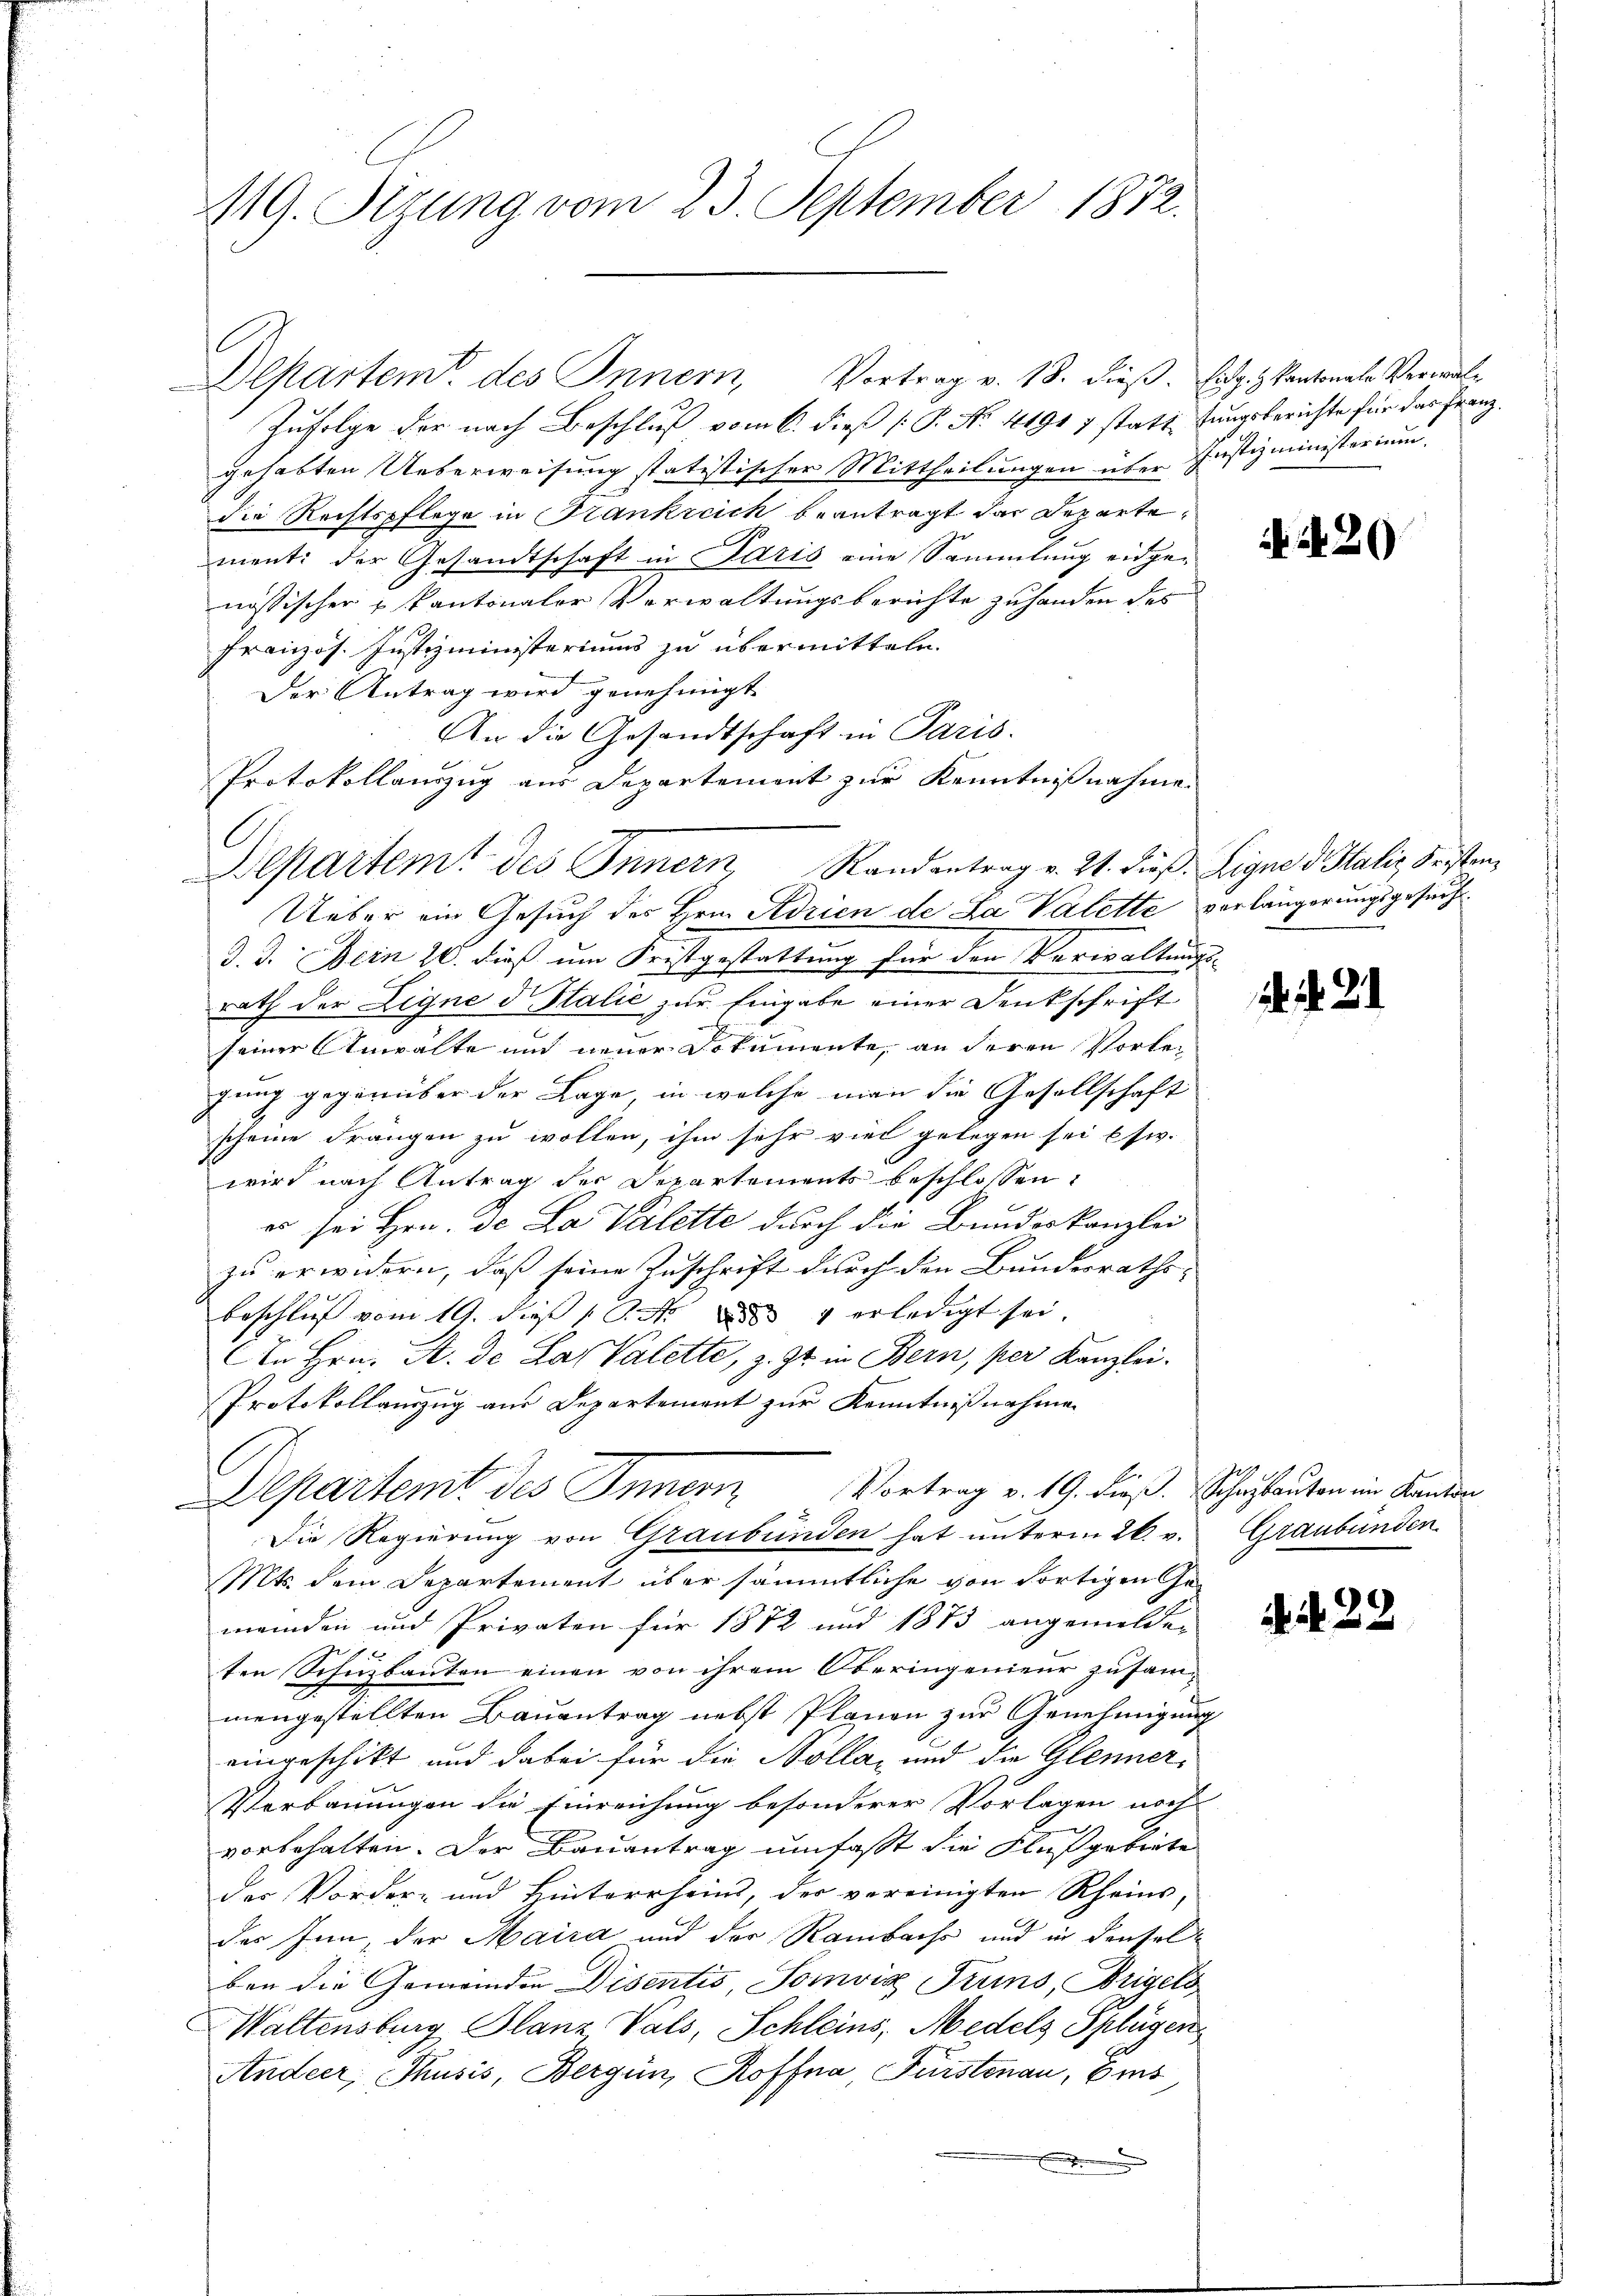
119. Sitzung vom 23. September 1872.

Departem des Innern, Vortrag v. 18. dieß. Eidg. Kantonale Verwal¬
Zufolge der nach Beschluß vom 6. dieß P. No. 41917 statt fungsberichte für das Franz.
gehabten Ueberweisung statistischer Mittheilungen über Justizministerium.
die Rechtspflege in Frankreich beantragt das Departement: der Gesandtschaft in Paris eine Sammlung eidgenössischer u Kantonaler Verwaltungsberichte zu handen des
Französ. Justizministeriums zu übermitteln.
Der Antrag wird genehmigt
An die Gesandtschaft in Paris.
Protokollauszug aus Departement zur Kenntnißnahme.
l
Departemt des Innern, Randantrag v. 21. dieβ, Eigne d. Salis Fristen,
Ueber ein Gesuch des Hrn. Adrien de La Valette verlängerungsgesuch
d. d. Bein 20. dieß um Fristgestattung für den Verwaltungs-
rath der Eigne d Italie zur Eingabe einer Denkschrift
seiner Anwalte und neuer Dokumente, an deren Vorlegung gegenüber der Lage, in welche man die Gesellschaft
scheine Frangen zu wollen, ihm sehr viel gelegen sei usw.
wird nach Antrag der Departements beschlossen:
es sei Hrn. De La Valette durch die Bundeskanzlei
zu erwidern, daß seine Zuschrift durch den Bundesraths-
beschluß vom 19. dieß P. Nr. 4 erledigt sei
AAn Hrn. A. de Lai Valette, z. Zt. in Bern, per Kanzlei.
Protokollanzug aus Departement zur Kenntnißnahmen
Departemt des Innern Vortrag v. 19. dieß. Schulauten im Kanton
Die Regierung von Graubünden hat unterm 26. v. Graubünden
Mts. dem Departement über sämmtliche von dortigen Ge-
meinden und Privaten für 1872 und 1873 angemelden
c
ten Schuzbauten einen von ihrem Oberingenieur zusam-
mengestellten Bauantrag nebst Plänen zur Genehmigung
eingeschikt und dabei für die Bolla, und die Glenner¬
Verbauungen die Einreichung besonderer Vorlagen noch
vorbehalten. Der Bauantrag umfasst die Flußgebiete
des Vorder- und Hinterrheins, der vereinigten Rheins
des Inn, der Maira und der Rambachs und in denselben die Gemeinden Disentis, Somvia Pruns, Weigels
Waltensburg Glanz Vals, Schleins, Medels Splügen
Andeer, Thusis, Bergün, Roffna, Fürstenau, Ems
.

Nr. 20

. . . .

. . 22